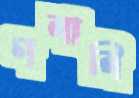
গলালি